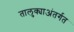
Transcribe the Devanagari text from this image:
तालुक्याअंतर्गत